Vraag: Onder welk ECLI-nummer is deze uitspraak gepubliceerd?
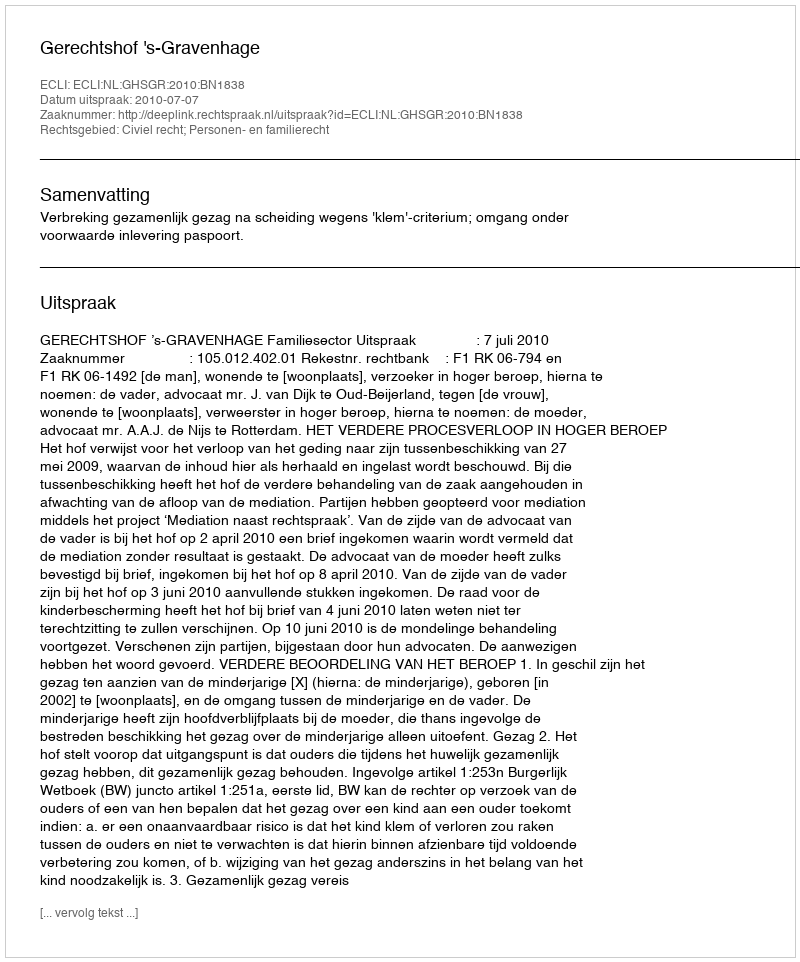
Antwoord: ECLI:NL:GHSGR:2010:BN1838